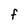
Character: F